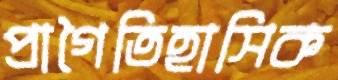
প্রাগৈতিহাসিক